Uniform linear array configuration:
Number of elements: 48
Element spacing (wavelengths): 0.25
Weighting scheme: cosine
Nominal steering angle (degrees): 45
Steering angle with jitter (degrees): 44.246
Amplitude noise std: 0.05
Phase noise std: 0.05

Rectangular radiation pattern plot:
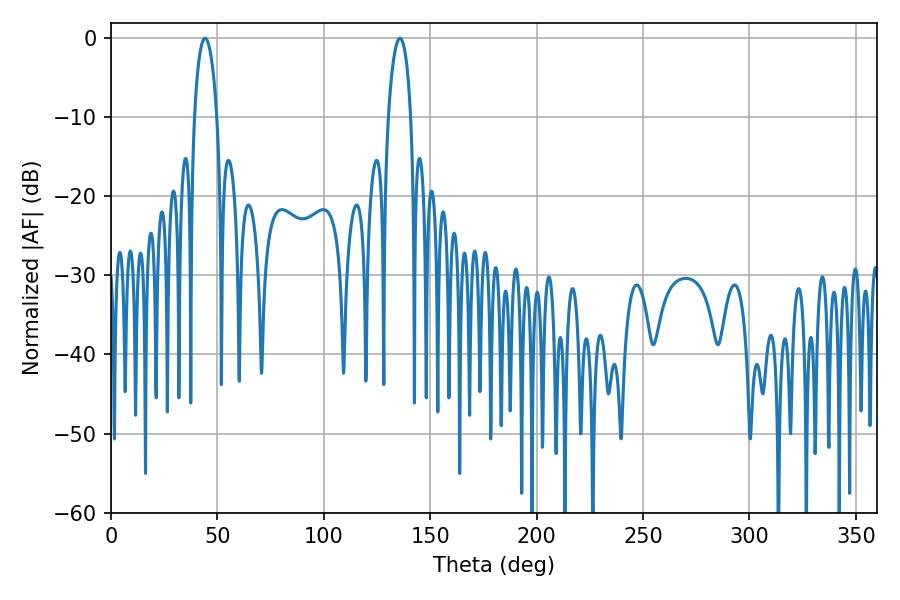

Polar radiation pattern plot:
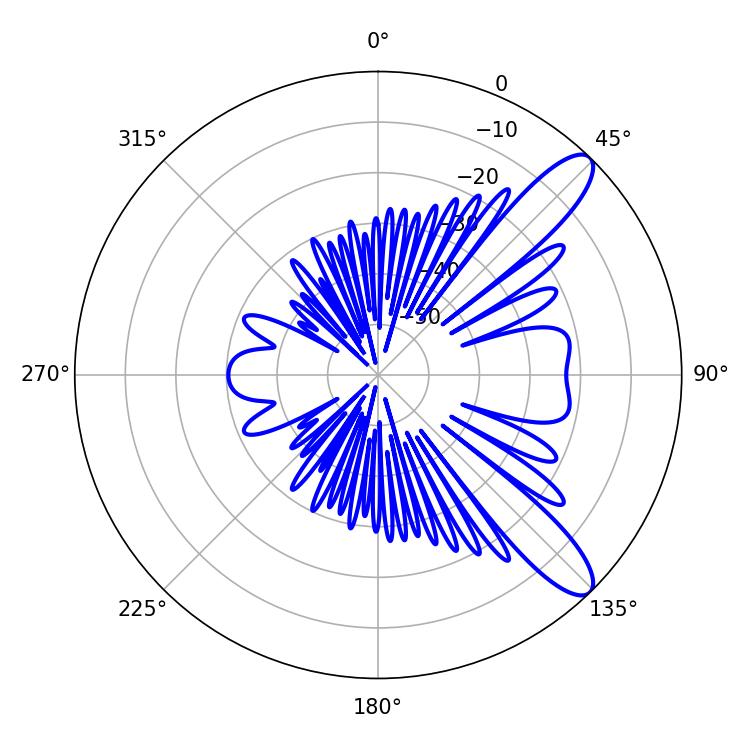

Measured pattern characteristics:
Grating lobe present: FALSE
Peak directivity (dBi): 10.849
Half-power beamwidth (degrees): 6.12
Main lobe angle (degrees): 44.28